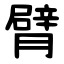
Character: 臂